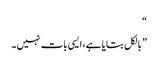
“
” بالکل بتایا ہے، ایسی بات نہیں ۔